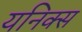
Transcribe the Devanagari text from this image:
यनिक्स